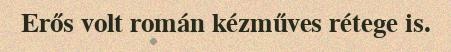
Erős volt román kézműves rétege is.